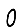
Digit: 0